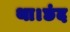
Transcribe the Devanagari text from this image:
था।छंद